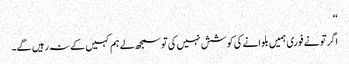
‘‘
اگر تو نے فوری ہمیں بلوانے کی کوشش نہیں کی تو سمجھ لے ہم کہیں کے نہ رہیں گے۔